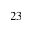
2 3